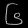
Digit: ၆